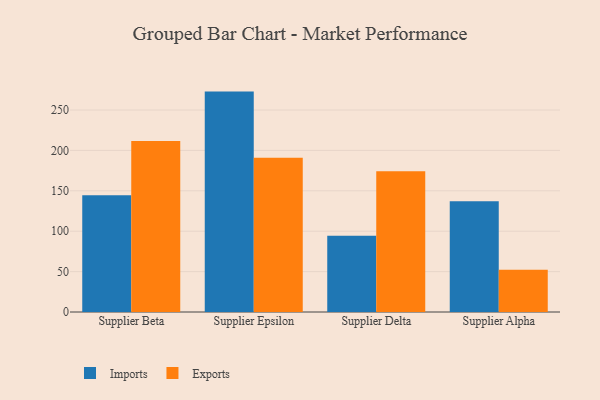
{"axis": {"x": "Supplier", "y": "Temperature (°C)"}, "legend": ["Exports", "Imports"], "data": [{"x": "Supplier Beta", "y": 144.4, "type": "Imports"}, {"x": "Supplier Beta", "y": 211.6, "type": "Exports"}, {"x": "Supplier Epsilon", "y": 272.8, "type": "Imports"}, {"x": "Supplier Epsilon", "y": 190.8, "type": "Exports"}, {"x": "Supplier Delta", "y": 94.3, "type": "Imports"}, {"x": "Supplier Delta", "y": 174.1, "type": "Exports"}, {"x": "Supplier Alpha", "y": 137.2, "type": "Imports"}, {"x": "Supplier Alpha", "y": 52.3, "type": "Exports"}]}